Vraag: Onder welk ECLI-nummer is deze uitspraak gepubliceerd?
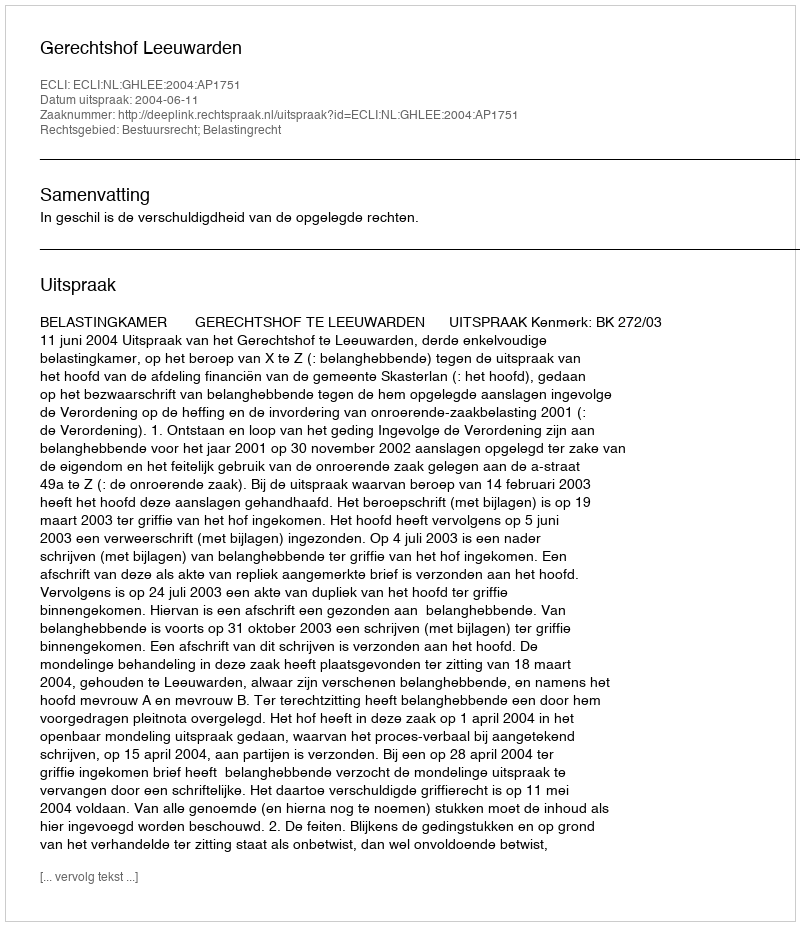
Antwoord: ECLI:NL:GHLEE:2004:AP1751